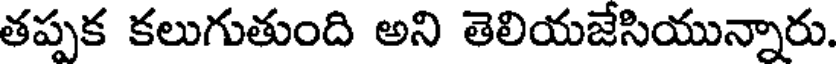
తప్పక కలుగుతుంది అని తెలియజేసియున్నారు.